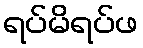
ရပ်မိရပ်ဖ